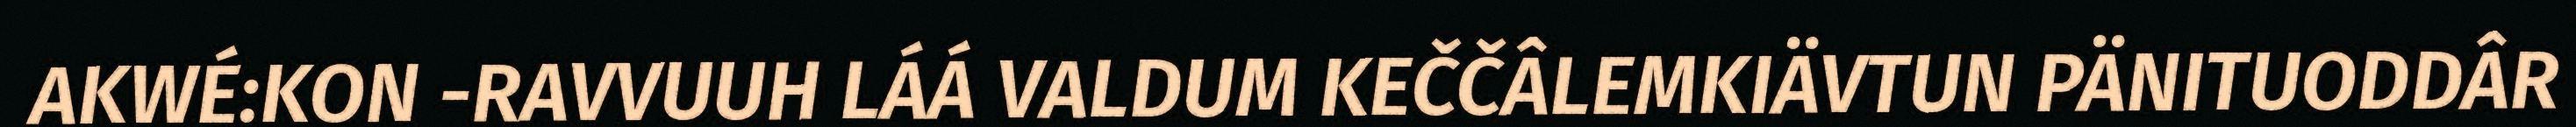
AKWÉ:KON -RAVVUUH LÁÁ VALDUM KEČČÂLEMKIÄVTUN PÄNITUODDÂR